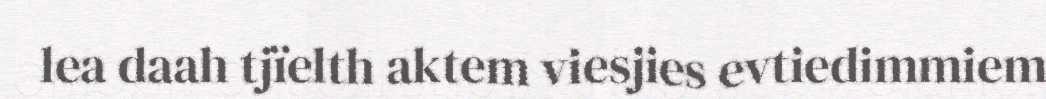
lea daah tjïelth aktem viesjies evtiedimmiem